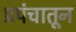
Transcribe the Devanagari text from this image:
प्रपंचातून